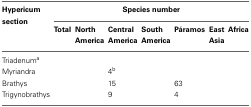
<table><thead><tr><td rowspan="2"><b>Hypericum section</b></td><td colspan="7"><b>Species number</b></td></tr><tr><td><b>Total</b></td><td><b>North America</b></td><td><b>Central America</b></td><td><b>South America</b></td><td><b>Páramos</b></td><td><b>East Asia</b></td><td><b>Africa</b></td></tr></thead><tbody><tr><td>Triadenum<sup>a</sup></td><td>[EMPTY_CELL]</td><td>[EMPTY_CELL]</td><td>[EMPTY_CELL]</td><td>[EMPTY_CELL]</td><td>[EMPTY_CELL]</td><td>[EMPTY_CELL]</td><td>[EMPTY_CELL]</td></tr><tr><td>Myriandra</td><td>[EMPTY_CELL]</td><td>[EMPTY_CELL]</td><td>4<sup>b</sup></td><td>[EMPTY_CELL]</td><td>[EMPTY_CELL]</td><td>[EMPTY_CELL]</td><td>[EMPTY_CELL]</td></tr><tr><td>Brathys</td><td>[EMPTY_CELL]</td><td>[EMPTY_CELL]</td><td>15</td><td>[EMPTY_CELL]</td><td>63</td><td>[EMPTY_CELL]</td><td>[EMPTY_CELL]</td></tr><tr><td>Trigynobrathys</td><td>[EMPTY_CELL]</td><td>[EMPTY_CELL]</td><td>9</td><td>[EMPTY_CELL]</td><td>4</td><td>[EMPTY_CELL]</td><td>[EMPTY_CELL]</td></tr></tbody></table>